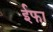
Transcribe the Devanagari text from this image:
ईफा